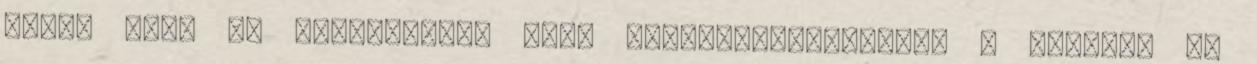
Lajos utca és Martinovics utca kereszteződésében, a Meszesi út